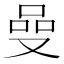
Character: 𠵬